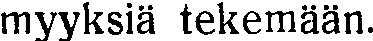
myyksiä tekemään.